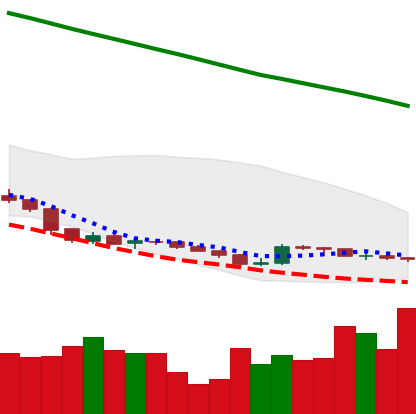
Ticker: XLM-USD
Chart end date: 2019-02-14
Forward return: 17.416%
Label: up_7plus